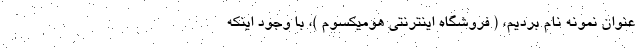
‌عنوان نمونه نام بردیم، ( فروشگاه اینترنتی هومیکسوم )، با وجود اینکه